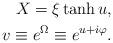
LaTeX: \begin{align*}X = \xi \tanh u, \\\qquad v \equiv e^{\Omega} \equiv e^{u + i \varphi}.\end{align*}